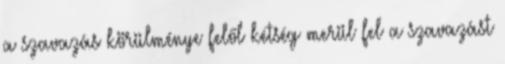
a szavazás körülménye felől kétség merül fel a szavazást